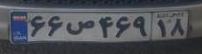
۶۶ص۴۶۹۱۸